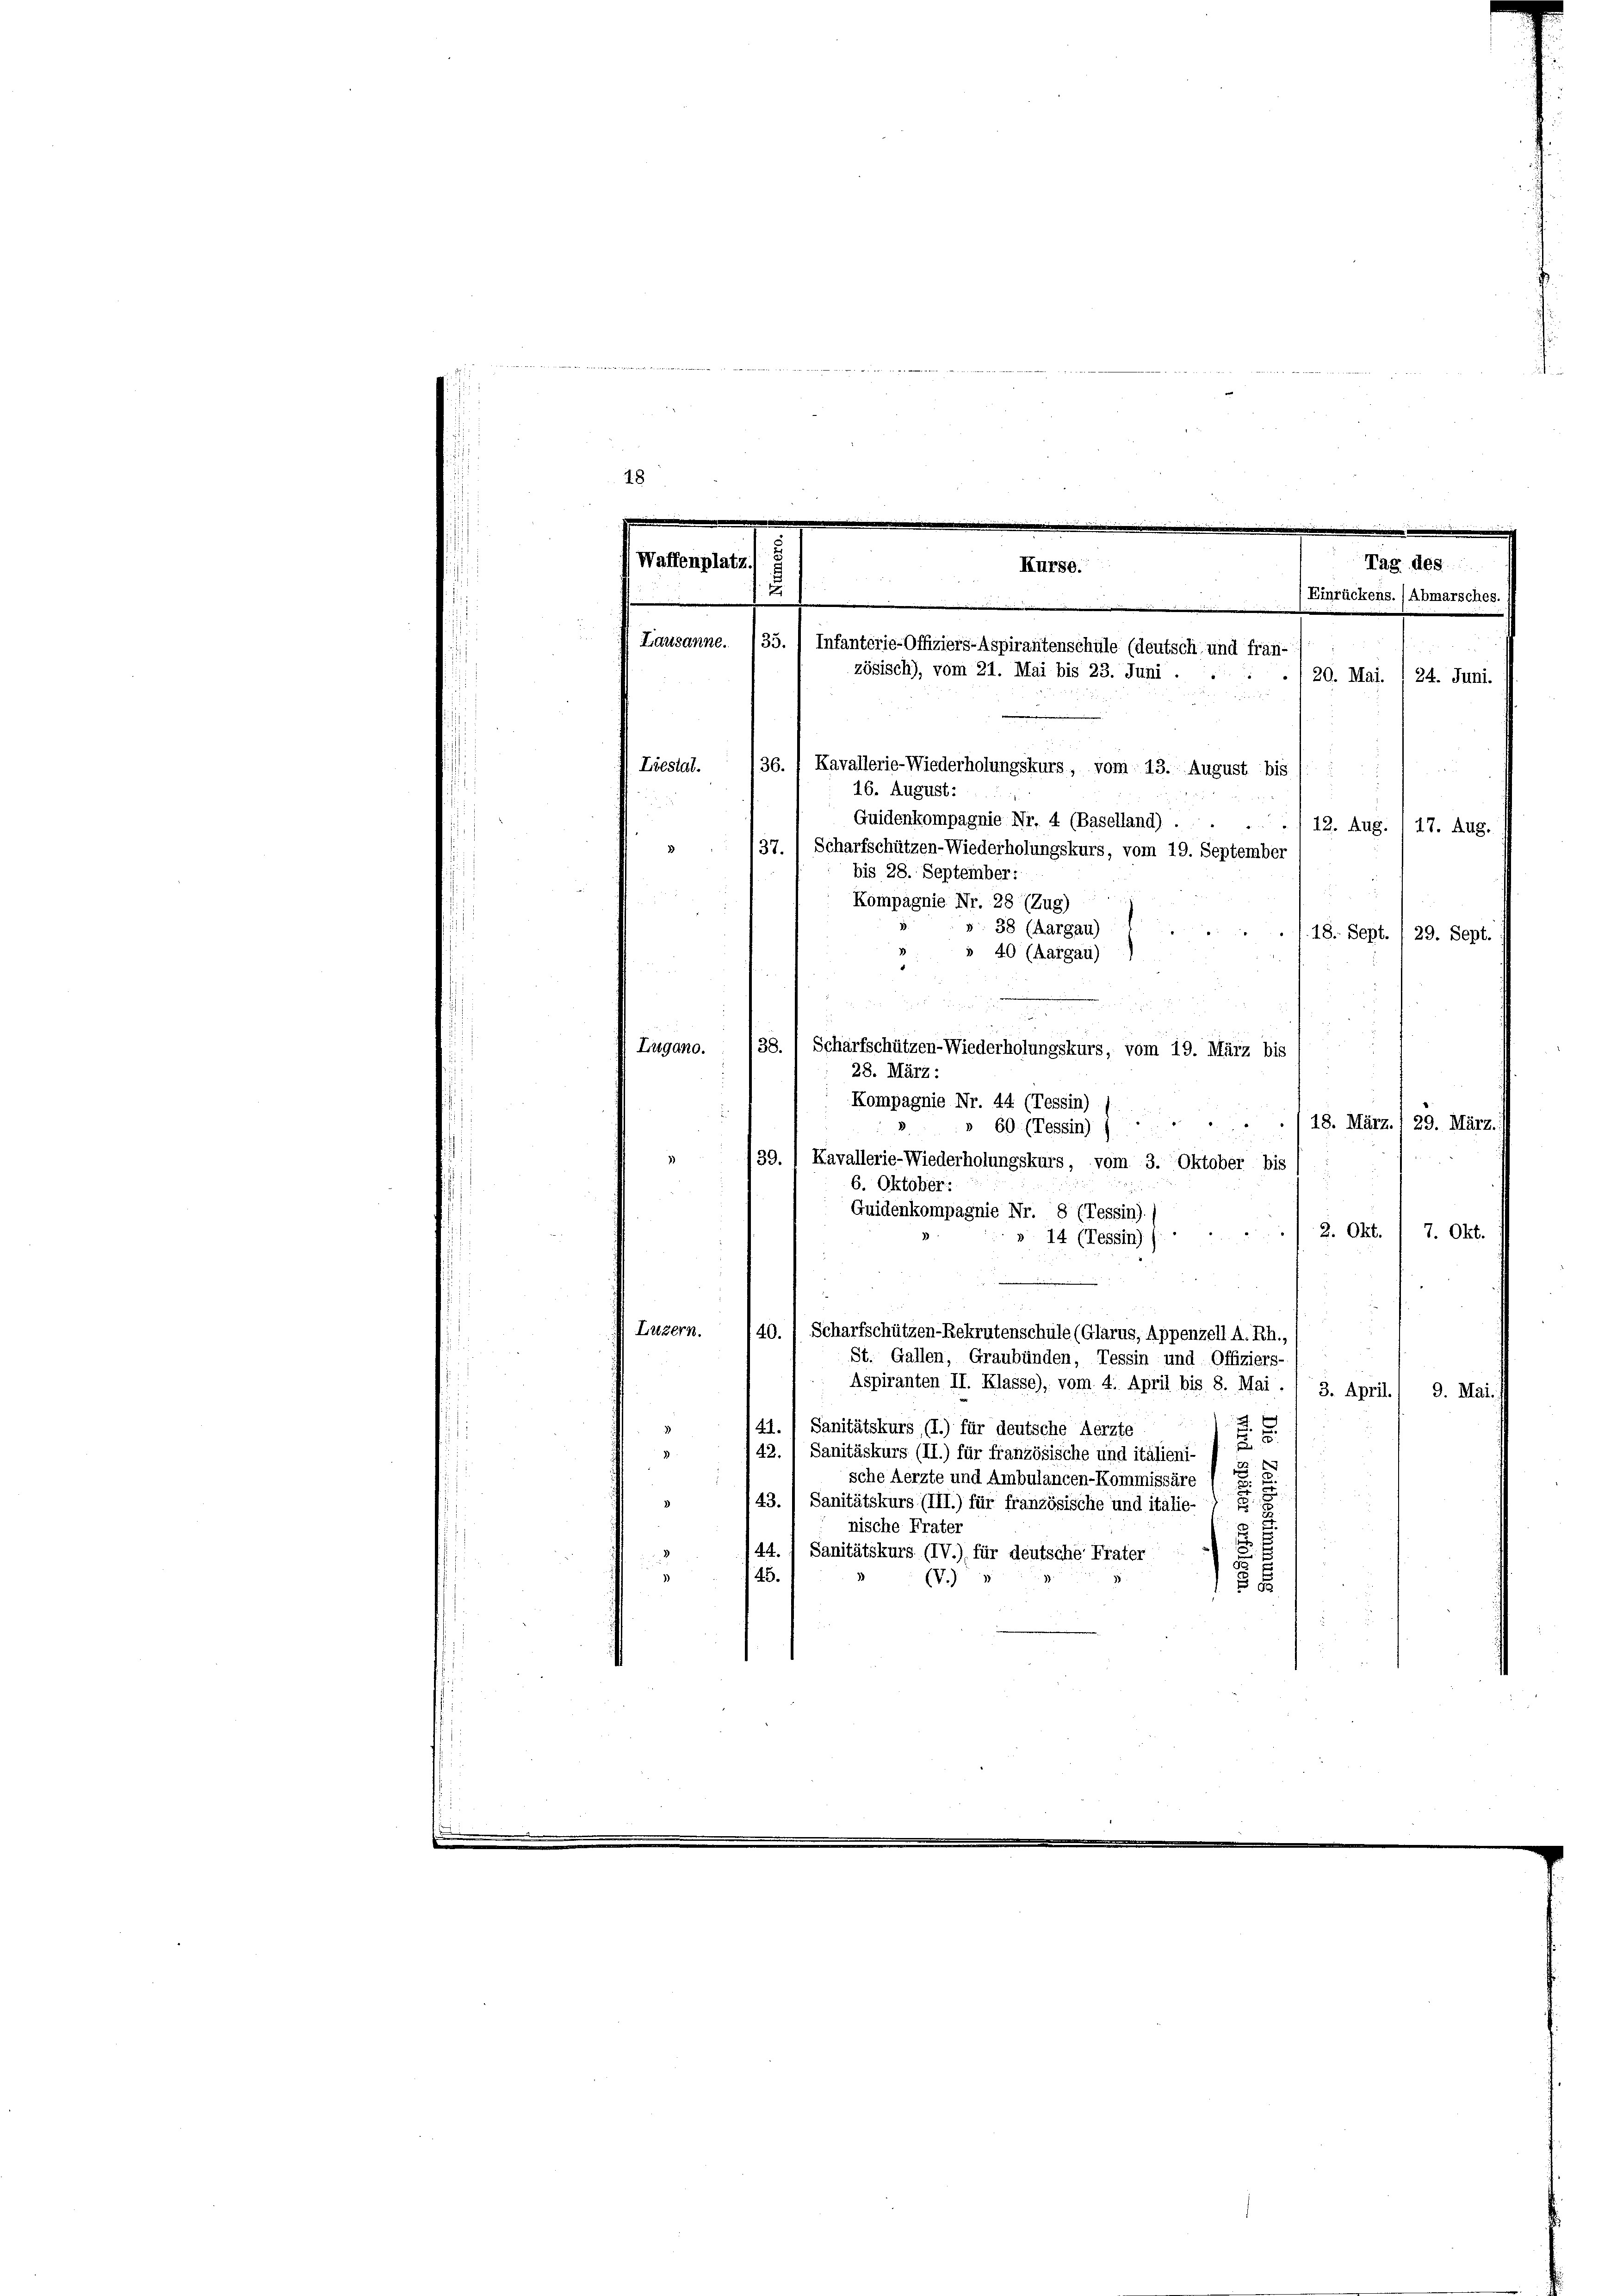
18

Waffenplatz
.
.

12
20. Mai. 1 24. Juni.

Liestal.
36. ; Kavallerie-Wiederholungskurs, vom 13. August bis /:
16. August:
Quidenkompagnie Nr. 4 (Baselland) . . . . 12. Aug. 117. Aug.
37.) Scharfschützen-Wiederholungskurs, vom 19. September
bis 28. September:
Kompagnie Nr. 28 (Zug)
38 (Aargau)
18. Sept., 29. Sept.
» 40 (Aargau)
38.
Lugano.
Scharfschützen-Wiederholungskurs, vom 19. März bis
28. März :
Kompagnie Nr. 44 (Tessin)
.
18. März., 29. März.
60 (Tessin
133.
Kavallerie-Wiederholungskurs, vom 3. Oktober bis
6. Oktober:
Quidenkompagnie Nr. 8 (Tessin).
2. Okt
7. Okt.
» 14 (Tessin))
Luzern.
40. Scharfschützen-Rekrutenschule (Glarus, Appenzell A. Rh.,
St. Gallen, Graubünden, Tessin und Offiziers-
Aspiranten II. Klasse), vom 4. April bis 8. Mai. 1 3. April.
9. Mai.
i
x
Al. 1 Sanitätskurs (I.) für deutsche Aerzte
42. 1 Sanitäskurs (II.) für französische und italieni- J. P. C.

2
sche Aerzte und Ambulancen-Kommissäre
43.) Sanitätskurs (III.) für französische und italie-
3
nische Frater
44. 1 Sanitätskurs (IV.) für deutsche Frater
u
145.
V.
5

Tag des
Kurse.“
Einrückens. / Abmarsches.
Lausanne. 135.) Infanterie-Offiziers-Aspirantenschule (deutsch, und fran-

zösisch), vom 21. Mai bis 23. Juni .